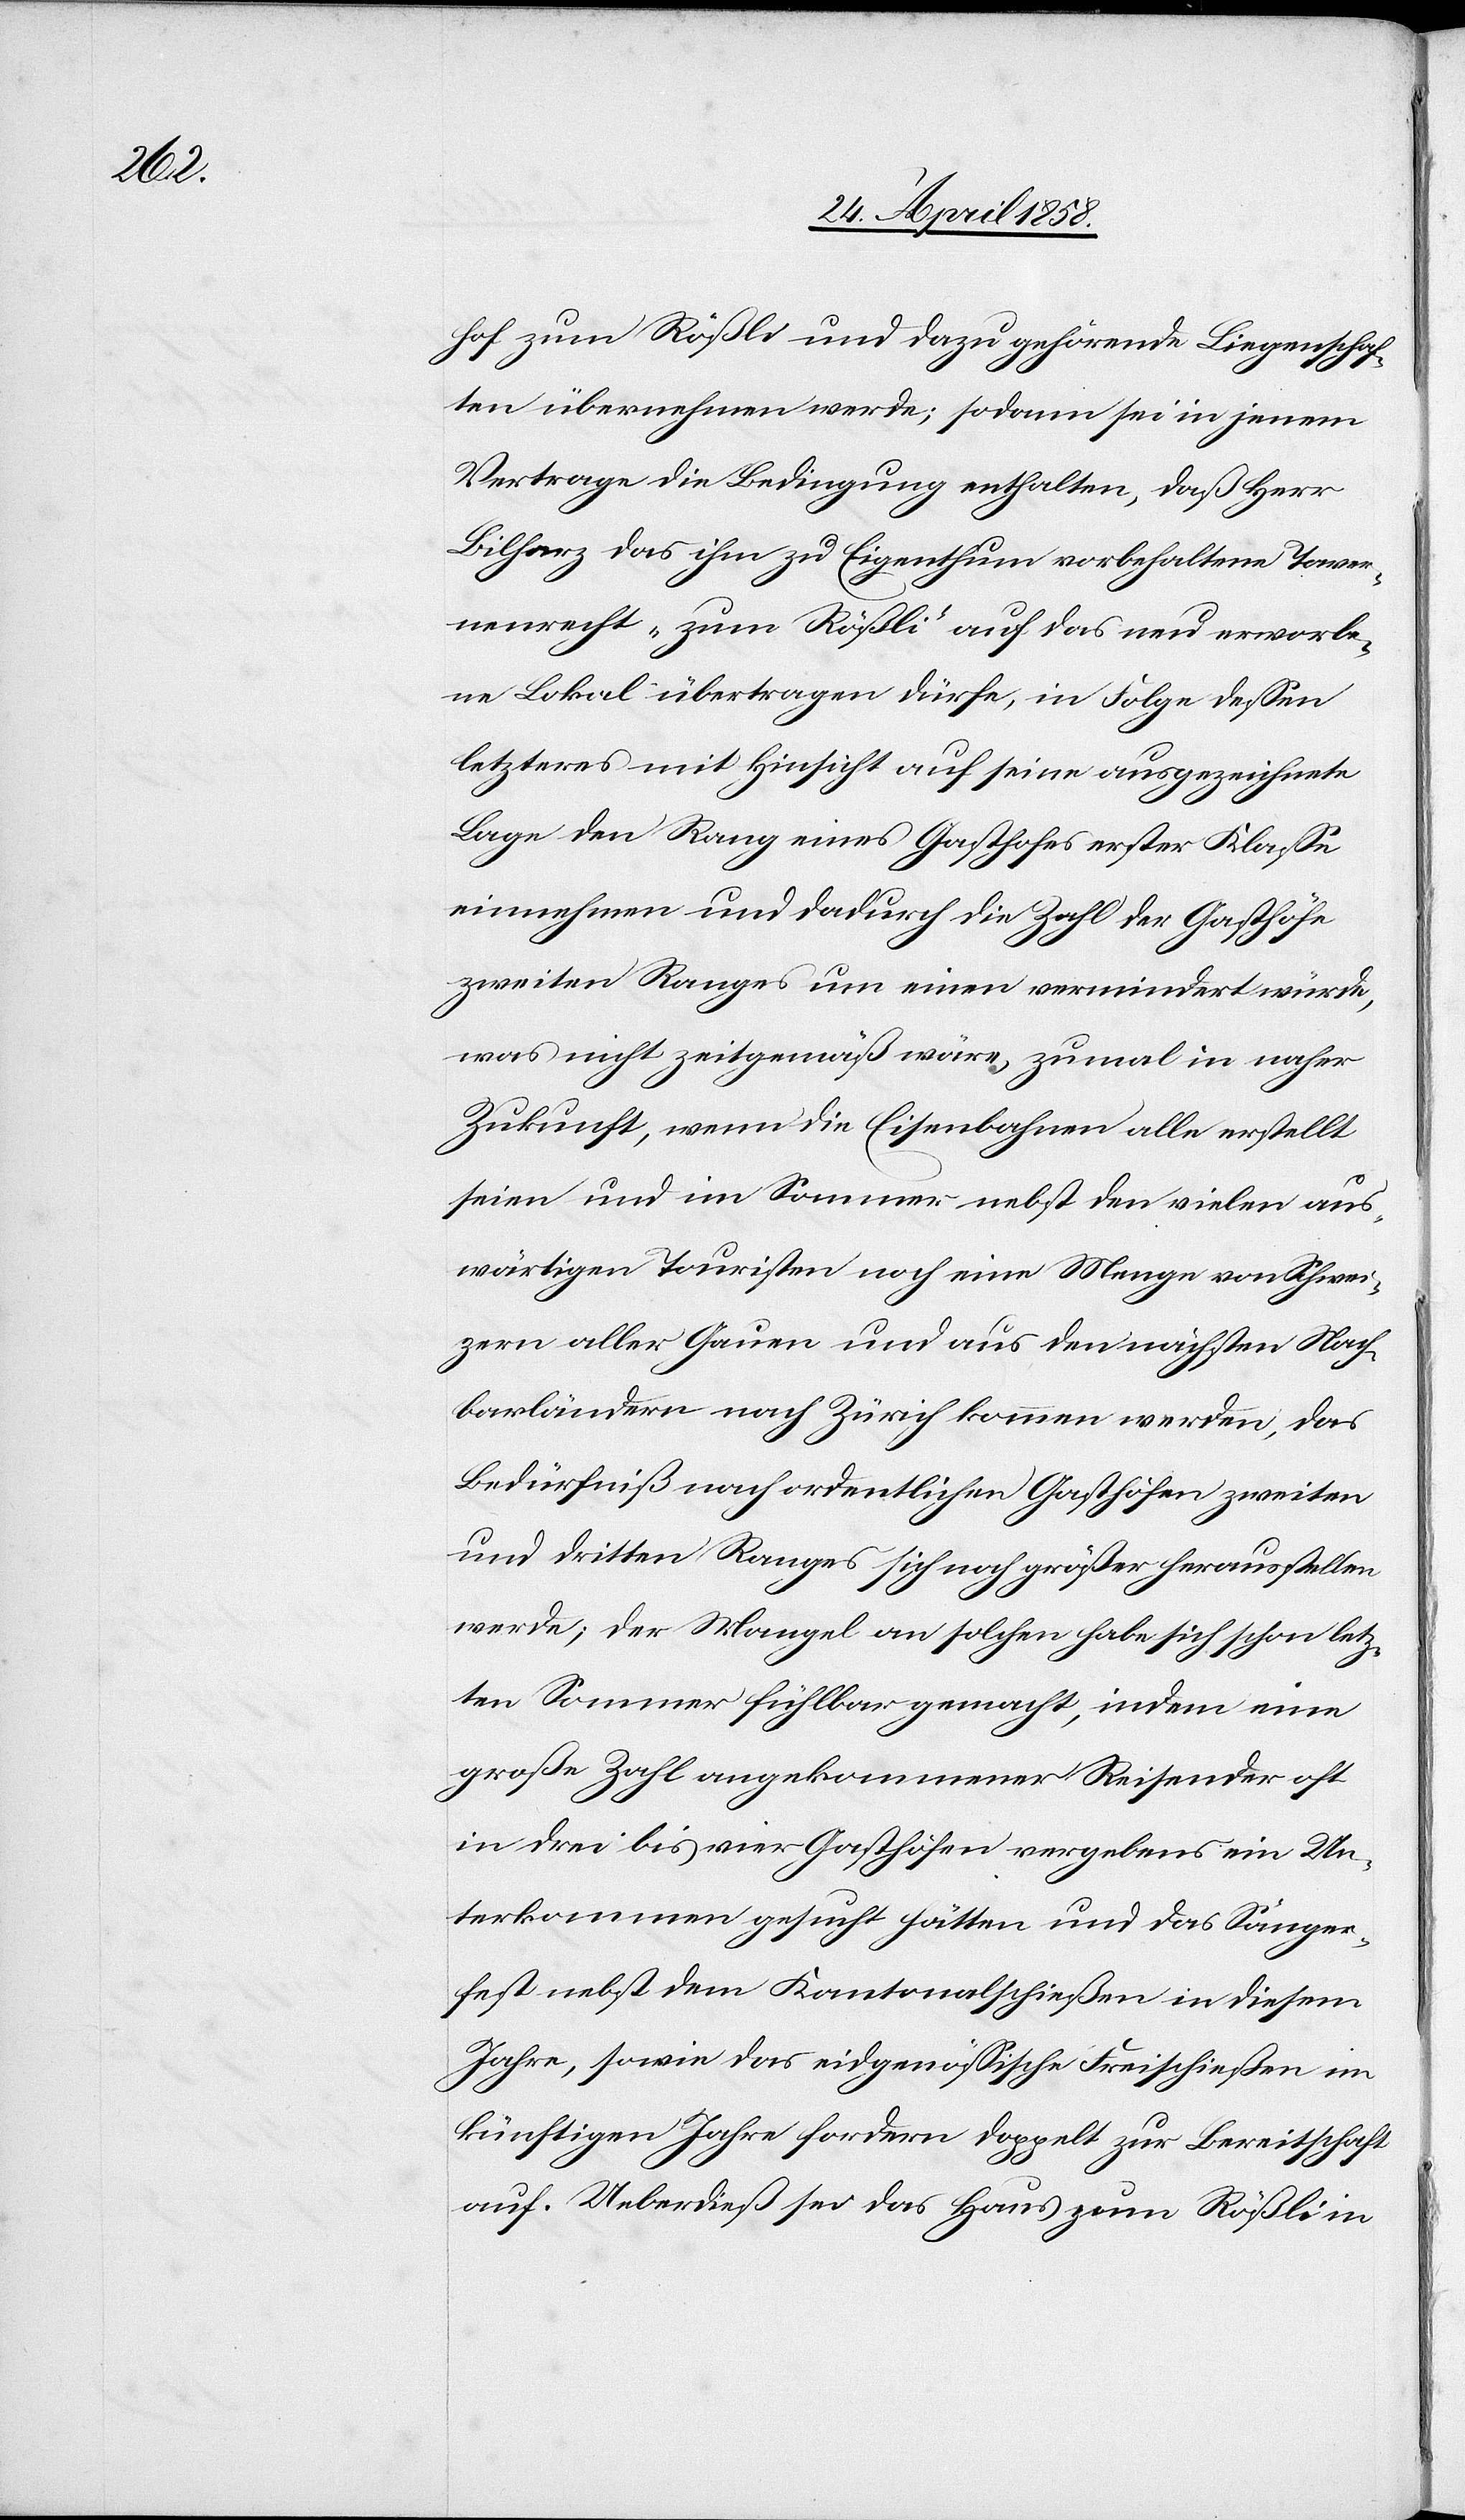
hof zum Rößli und dazu gehörende Liegenschaf¬
ten übernehmen werde; sodann sei in jenem
Vertrage die Bedingung enthalten, daß Herr
Bilharz das ihm zu Eigenthum vorbehaltene Taver¬
nenrecht „zum Rößli“ auf das neu erworbe¬
ne Lokal übertragen dürfe, in Folge dessen
letzteres mit Hinsicht auf seine ausgezeichnete
Lage den Rang eines Gasthofes erster Klase
einnehmen und dadurch die Zahl der Gasthöfe
zweiten Ranges um einen vermindert würde,
was nicht zeitgemäß wäre, zu mal in naher
Zukunft, wenn die Eisenbahnen alle erstellt
seien und im Sommer nebst den vielen aus¬
wärtigen Touristen noch eine Menge von Schwei¬
zern aller Gauen und aus den nächsten Nach¬
barländern nach Zürich kommen werden, das
Bedürfniß nach ordentlichen Gasthöfen zweiten
und dritten Ranges sich noch größer herausstellen
werde; der Mangel an solchen habe sich schon letz¬
ten Sommer fühlbar gemacht, indem eine
große Zahl angekommener Reisender oft
in drei bis vier Gasthöfen vergebens ein Un¬
terkommen gesucht hätten und das Sänger¬
fest nebst dem Kantonalschießen in diesem
Jahre, sowie das eidgenössische Freischießen im
künftigen Jahre fordern doppelt zur Bereitschaft
auf. Ueberdieß sei das Haus zum Rößli in